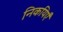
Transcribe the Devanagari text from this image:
निकयिएँ